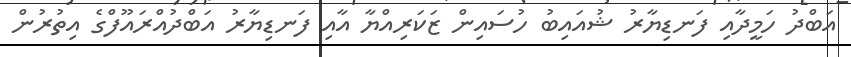
އަބްދު ހަމީދާއި ފަނޑިޔާރު ޝުއައިބު ހުސައިން ޒަކަރިއްޔާ އާއި ފަނޑިޔާރު އަބްދުއްރައޫފްގެ އިތުރުން